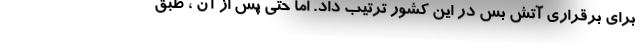
برای برقراری آتش بس در این کشور ترتیب داد. اما حتی پس از آن ، طبق